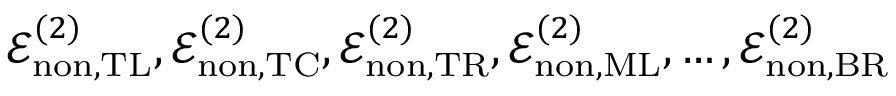
\mathcal { E } _ { \mathrm { n o n } , \mathrm { T L } } ^ { ( 2 ) } , \mathcal { E } _ { \mathrm { n o n } , \mathrm { T C } } ^ { ( 2 ) } , \mathcal { E } _ { \mathrm { n o n } , \mathrm { T R } } ^ { ( 2 ) } , \mathcal { E } _ { \mathrm { n o n } , \mathrm { M L } } ^ { ( 2 ) } , \dotsc , \mathcal { E } _ { \mathrm { n o n } , \mathrm { B R } } ^ { ( 2 ) }